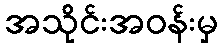
အသိုင်းအဝန်းမှ